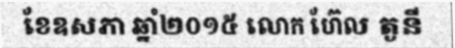
ខែឧសភា ឆ្នាំ២០១៥ លោក ហ៊ែល តូនី